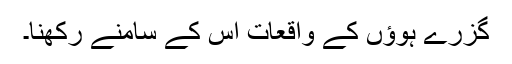
گزرے ہوؤں کے واقعات اس کے سامنے رکھنا۔